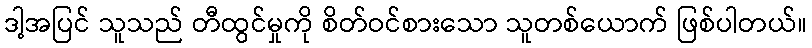
ဒါ့အပြင် သူသည် တီထွင်မှုကို စိတ်ဝင်စားသော သူတစ်ယောက် ဖြစ်ပါတယ်။